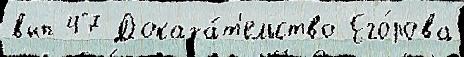
вып 47 Доказа́т'ельство Его́рова